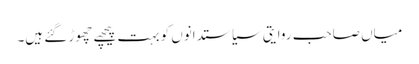
میاں صاحب روایتی سیاستدانوں کو بہت پیچھے چھوڑ گئے ہیں۔